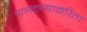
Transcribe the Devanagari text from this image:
पालटण्याकरिता